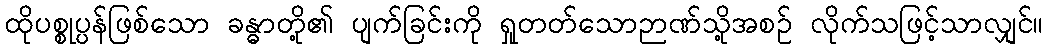
ထိုပစ္စုပ္ပန်ဖြစ်သော ခန္ဓာတို့၏ ပျက်ခြင်းကို ရှုတတ်သောဉာဏ်သို့အစဉ် လိုက်သဖြင့်သာလျှင်။